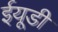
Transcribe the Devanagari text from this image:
ईयूडी